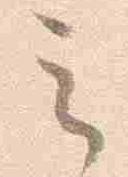
云